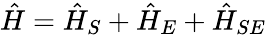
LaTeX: \hat{H}=\hat{H}_{S}+\hat{H}_{E}+\hat{H}_{SE}